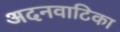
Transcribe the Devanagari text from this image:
अदनवाटिका